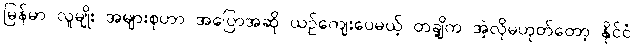
မြန်မာ လူမျိုး အများစုဟာ အပြောအဆို ယဉ်ကျေးပေမယ့် တချို့က အဲ့လိုမဟုတ်တော့ နိုင်ငံ